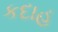
કદાહ